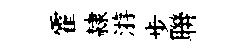
霍隸㳺步聨